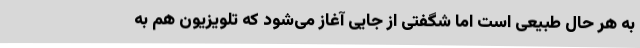
به هر حال طبیعی است اما شگفتی از جایی آغاز می‌شود که تلویزیون هم به